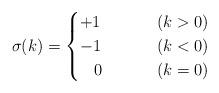
LaTeX: \begin{align*}\sigma(k)=\begin{cases}+1 & (k>0)\\-1 & (k<0)\\\,\,\,\,\,0\,\,\,\,\,\,\,\,\,\,\,\,\,\, & (k=0)\end{cases}\end{align*}